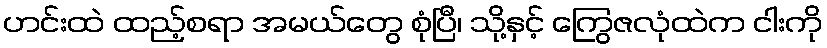
ဟင်းထဲ ထည့်စရာ အမယ်တွေ စုံပြီ၊ သို့နှင့် ကြွေဇလုံထဲက ငါးကို